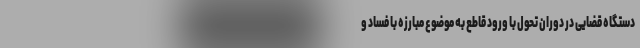
دستگاه قضایی در دوران تحول با ورود قاطع به موضوع مبارزه با فساد و